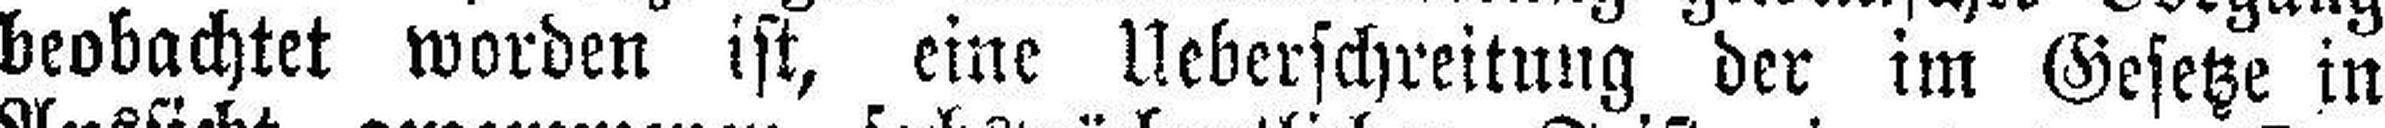
beobachtet worden ist, eine Ueberschreitung der im Gesetze in